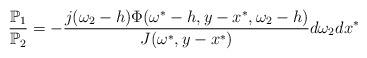
LaTeX: \begin{align*}\frac{\mathbb{P}_1}{\mathbb{P}_2}=-\frac{j(\omega_2-h)\Phi(\omega^*-h,y-x^*,\omega_2-h)}{J(\omega^*,y-x^*)}d\omega_2dx^{*}\end{align*}